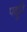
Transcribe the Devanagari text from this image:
पदूरि